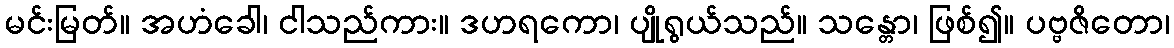
မင်းမြတ်။ အဟံခေါ၊ ငါသည်ကား။ ဒဟရကော၊ ပျိုရွယ်သည်။ သန္တော၊ ဖြစ်၍။ ပဗ္ဗဇိတော၊